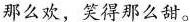
那么欢，笑得那么甜。